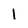
Character: l